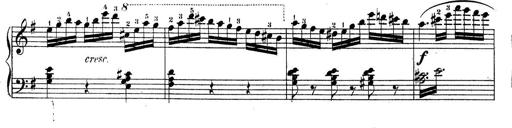
Title: Piano Sonatine No.2
Composer: Peter Piel
Key: G major